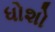
ધોશો